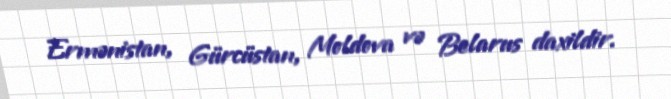
Ermənistan, Gürcüstan, Moldova və Belarus daxildir.